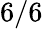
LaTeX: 6/6